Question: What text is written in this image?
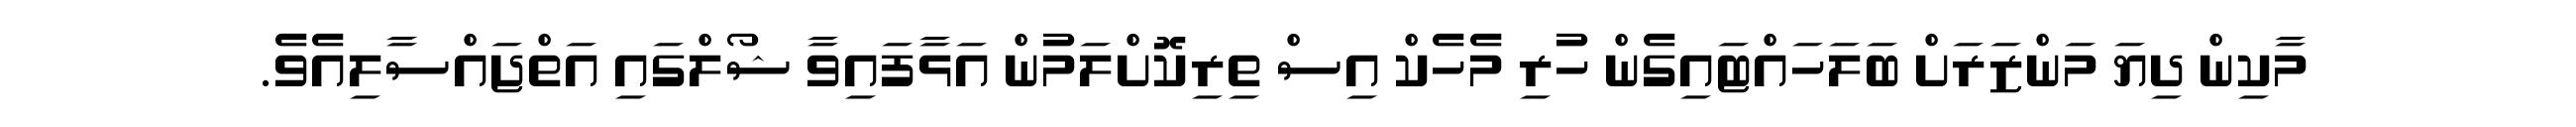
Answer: މާކިން ދިޔަ މަންޒަރަށް ބަލަހައްޓައިގެން ހުރި މެހެކް އިސް ތިރިކޮށްލަމުން އަޅާފައިވާ ޝޯލްގައި އަތްޖައްސާލިއެވެ.